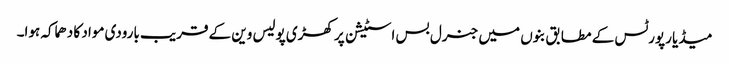
میڈیا رپورٹس کے مطابق بنوں میں جنرل بس اسٹیشن پر کھڑی پولیس وین کے قریب بارودی مواد کا دھماکہ ہوا۔